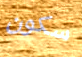
سكون